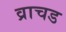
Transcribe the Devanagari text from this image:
व्राचड